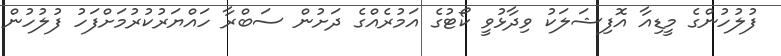
ފުލުހުންގެ މީޑިއާ އޮފިޝަލަކު ވިދާޅުވީ ކޯޓުގެ އަމުރެއްގެ ދަށުން ސަބްރާ ހައްޔަރުކުރުމަށްފަހު ފުލުހުން